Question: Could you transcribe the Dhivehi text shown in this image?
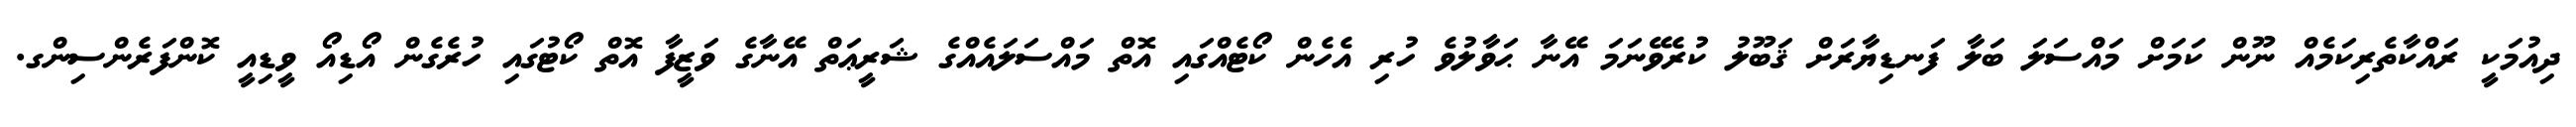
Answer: ދިއުމަކީ ރައްކާތެރިކަމެއް ނޫން ކަމަށް މައްސަލަ ބަލާ ފަނޑިޔާރަށް ޤަބޫލު ކުރެވޭނަމަ އޭނާ ޙަވާލުވެ ހުރި އެހެން ކޯޓެއްގައި އޮތް މައްސަލައެއްގެ ޝަރީޢަތް އޭނާގެ ވަޒީފާ އޮތް ކޯޓުގައި ހުރެގެން އޯޑިއޯ ވީޑިއީ ކޮންފަރެންސިންގ.